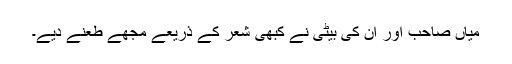
میاں صاحب اور ان کی بیٹی نے کبھی شعر کے ذریعے مجھے طعنے دیے۔